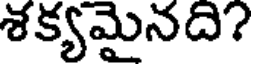
శక్యమైనది?